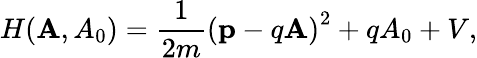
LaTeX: H({\mathbf A},{A_{0}})=\frac{1}{2m}\left({\mathbf p}-q{\mathbf A}\right)^{2}+q{A_{0}}+V,